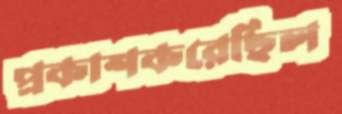
প্রকাশকরেছিল